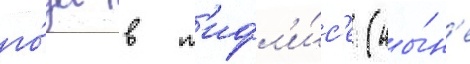
го́да в т'ифл'и́с'е (ны́н'е